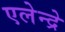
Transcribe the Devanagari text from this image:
एलेन्द्रे